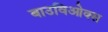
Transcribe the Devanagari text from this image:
बाउविओक्स